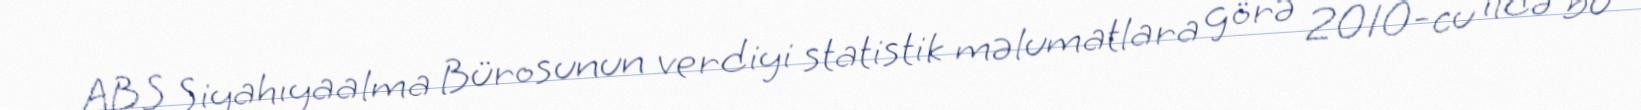
ABŞ Siyahıyaalma Bürosunun verdiyi statistik məlumatlara görə 2010-cu ildə bu